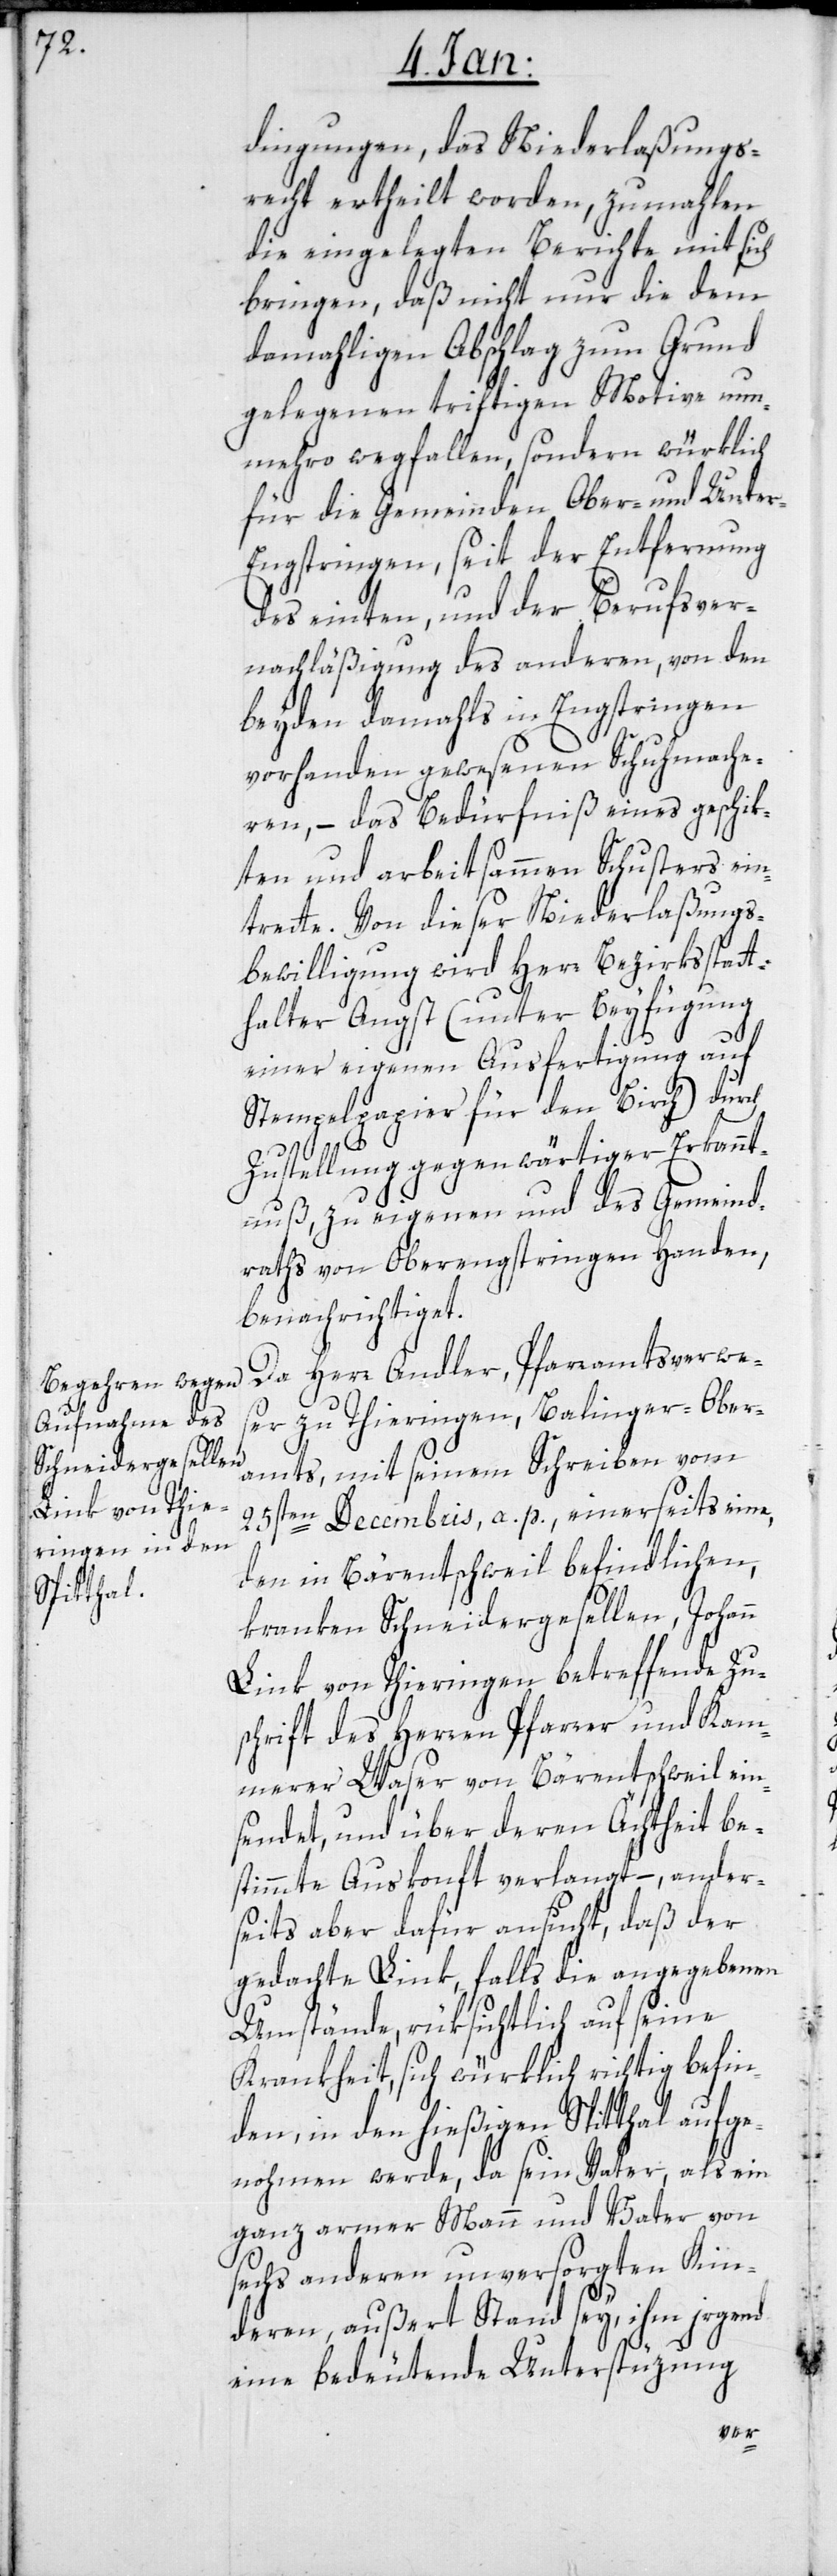
dingungen, das Niederlaßungs¬
recht ertheilt worden, zumahlen
die eingelegten Berichte mit sich
bringen, daß nicht nur die dem
damahligen Abschlag zum Grund
gelegenen triftigen Motive nun¬
mehro wegfallen, sondern würklich
für die Gemeinden Ober- und Unte¬
r-Engstringen, seit der Entfernung
des einten, und der Berufsver¬
nachläßigung des anderen, von den
beyden damahls in Engstringen
vorhanden gewesenen Schuhmache¬
ren, – das Bedürfniß eines geschik¬
ten und arbeitsammen Schusters ein¬
trette. Von dieser Niederlaßungs¬
bewilligung wird Herr Bezirksstatt¬
halter Angst (unter Beyfügung
einer eigenen Ausfertigung auf
Stempelpapier für den Birch) durch
Zustellung gegenwärtiger Erkannt¬
nuß, zu eigenen und des Gemeind¬
raths von Oberengstringen Handen,
benachrichtiget.
Da Herr Andler, Pfarramtsverwes¬
er zu Thieringen, Balinger-Ober¬
amts, mit seinem Schreiben vom
25sten Decembris a. p., einerseits eine,
den in Bärentschweil befindlichen,
kranken Schneidergesellen, Johann
Link von Thieringen betreffende Zu¬
schrift des Herren Pfarrer und Kam¬
merer Waser von Bärentschweil ein¬
sendet, und über deren Ächtheit be¬
stimmte Auskonft verlangt, – ander¬
seits aber dafür ansucht, daß der
gedachte Link, falls die angegebenen
Umstände, rüksichtlich auf seine
Krankheit, sich würklich richtig befin¬
den, in den hießigen Spitthal aufge¬
nohmen werde, da sein Vater, als ein
ganz armer Mann und Vater von
sechs anderen unversorgten Kin¬
deren, außert Stand sey, ihm irgend
eine bedeutende Unterstüzung